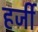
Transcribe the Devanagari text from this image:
हर्जी